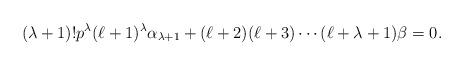
LaTeX: \begin{gather*}(\lambda+1)! p^{\lambda} (\ell+1)^{\lambda} \alpha_{\lambda+1} + (\ell+2) (\ell+3) \cdots (\ell+\lambda+1) \beta = 0.\end{gather*}